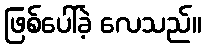
ဖြစ်ပေါ်ခဲ့ လေသည်။